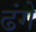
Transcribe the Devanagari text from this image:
ढंगे